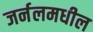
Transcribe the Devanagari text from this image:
जर्नलमधील